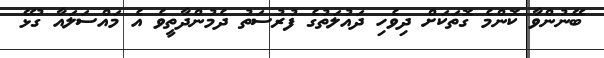
ބޭނުންވާ ކޮންމެ ގޮތަކަށް ދިވެހި ދައުލަތުގެ ފުރުސަތު ދެމުންދާތީވެ އެ މައްސަލައާ ގުޅޭ